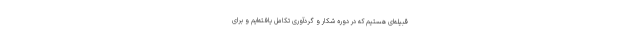
قبیله‌ای هستیم که در دورهٔ شکار و گردآوری تکامل یافته‌ایم و برای